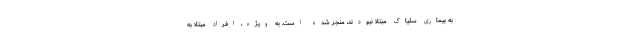
به بیماری سلیاک مبتلا نبودند، منجر شده است. به ویژه، افراد مبتلا به